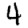
Digit: 4